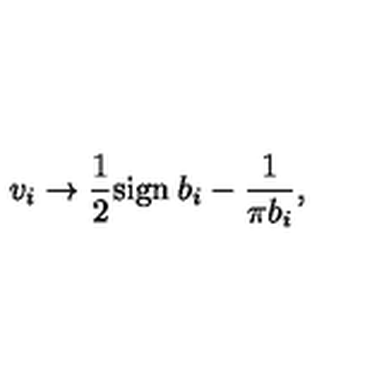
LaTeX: v _ { i } \to \frac { 1 } { 2 } \mathrm { s i g n } \: b _ { i } - \frac { 1 } { \pi b _ { i } } ,